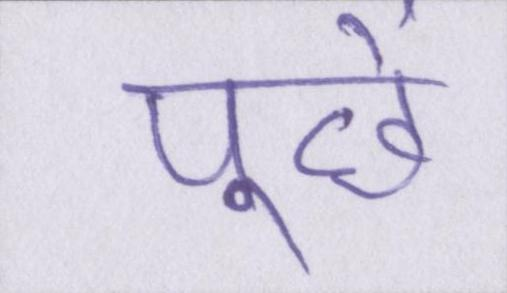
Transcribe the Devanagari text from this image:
पूछें